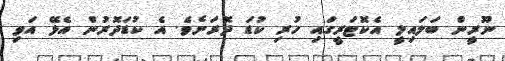
ނޫރީން ބަލައިލީ އެކޮޓަރީގައި ހުރި ކުޑަ ދޮރަށެވެ. އެ ކުޑަދޮރުން އެޅޭ އަވި